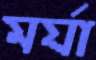
মর্যা